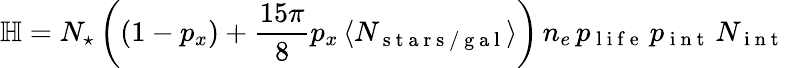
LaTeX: \mathbb H=N_{\star}\left(\left(1-p_{x}\right)+\frac{15\pi}{8}p_{x}\, \langle N_{\mathrm{~s~t~a~r~s~/~g~a~l~}}\rangle\right)\, n_{e}\, p_{\mathrm{~l~i~f~e~}}\, p_{\mathrm{~i~n~t~}}\, N_{\mathrm{~i~n~t~}}